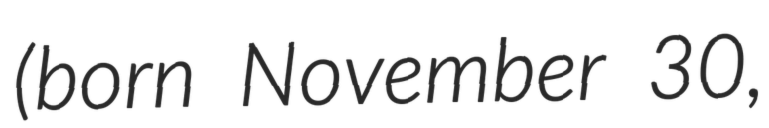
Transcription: (born November 30,